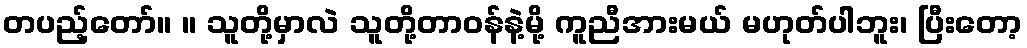
တပည့်တော်။ ။ သူတို့မှာလဲ သူတို့တာဝန်နဲ့မို့ ကူညီအားမယ် မဟုတ်ပါဘူး၊ ပြီးတော့